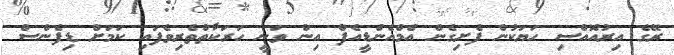
ރޭގެ އިރުއޮއްސި ހަޔަކުން ފެށިގެން އެމްއެންޑީއެފް އިން ވަނީ ހަރަކާތްތެރިވެފައި ކަމަށް ޑިފެންސް